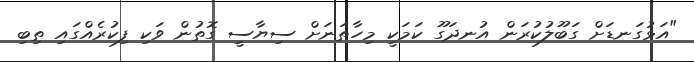
"އަޅުގަނޑަށް ގަބޫލުކުރަން އުނދަގޫ ކަމަކީ މިހާތަނަށް ސިޔާސީ ގޮތުން ވަކި ފިކުރެއްގައި ތިބި